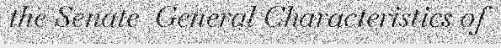
the Senate  General Characteristics of